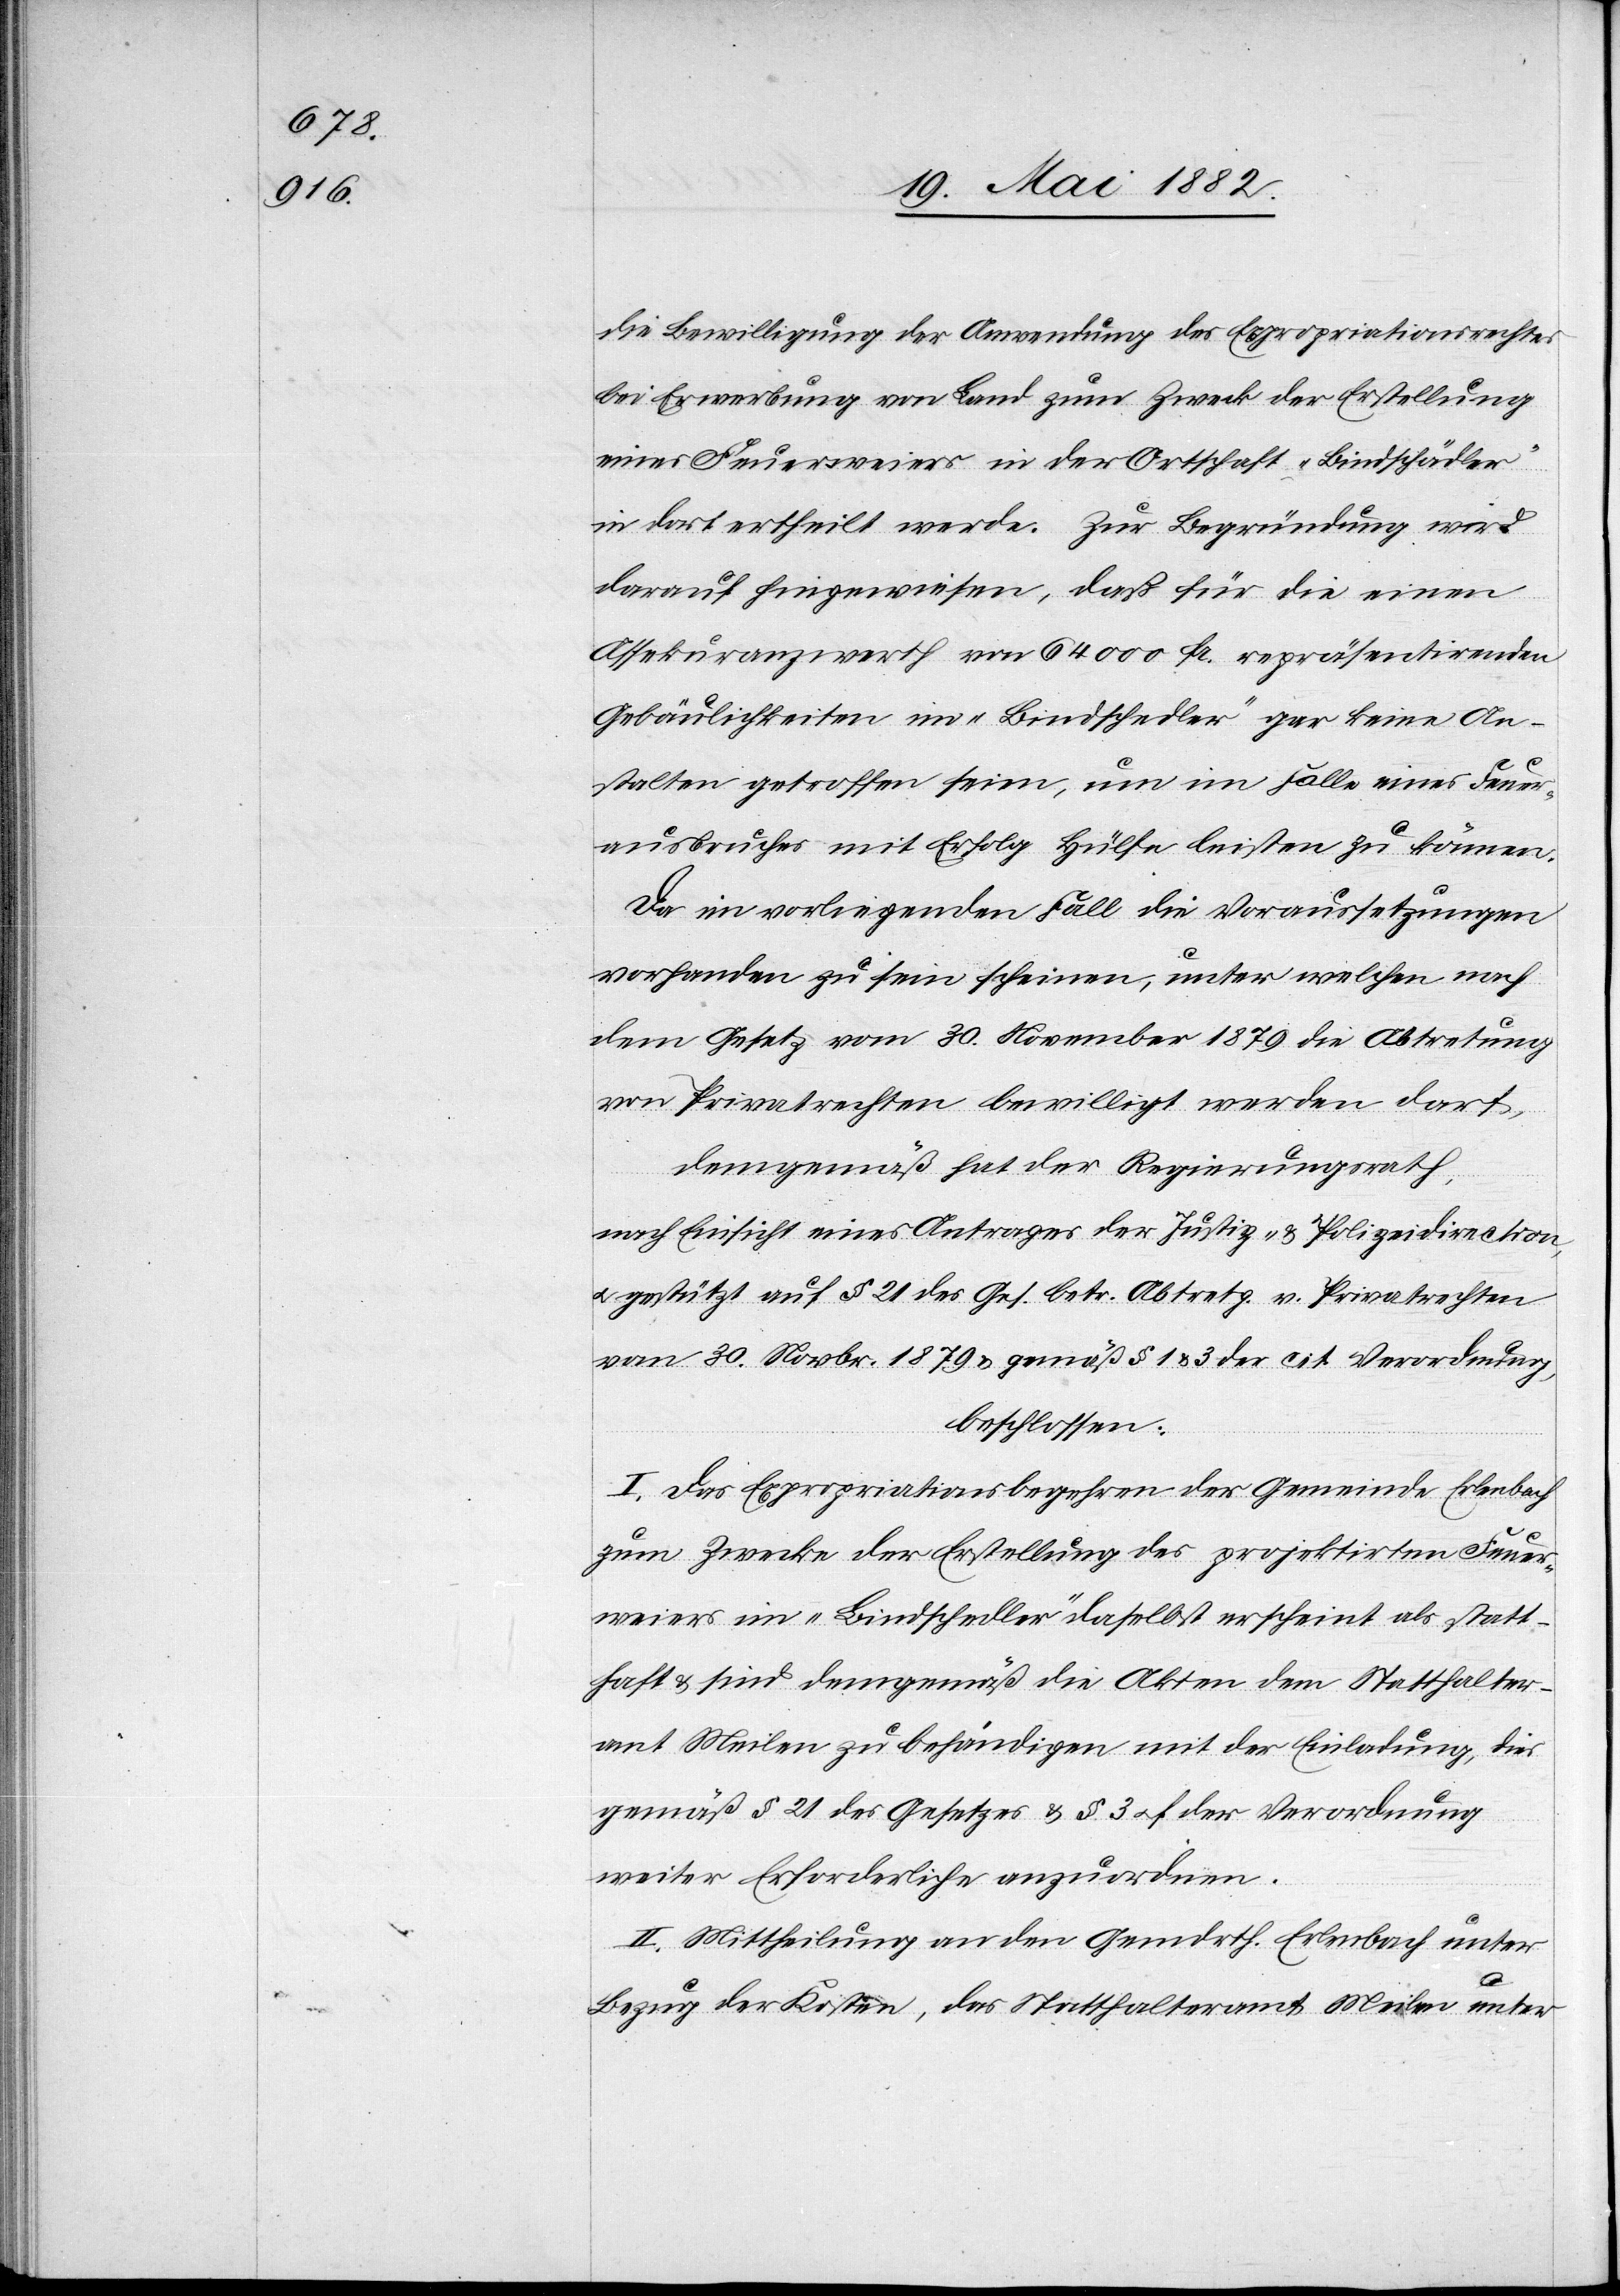
die Bewilligung der Anwendung des Expropriationsrechtes
bei Erwerbung von Land zum Zweck der Erstellung
eines Feuerweiers in der Ortschaft „Bindschädler“
in dort ertheilt werde. Zur Begründung wird
darauf hingewiesen, daß für die einen
Assekuranzwerth von 64 000 Fr. repräsentirenden
Gebäulichkeiten im „Bindschedler“ [sic!] gar keine An¬
stalten getroffen seien, um im Falle eines Feuer¬
ausbruches mit Erfolg Hülfe leisten zu können.
Da im vorliegenden Fall die Voraussetzungen
vorhanden zu sein scheinen, unter welchen nach
dem Gesetz vom 30. November 1879 die Abtretung
von Privatrechten bewilligt werden darf,
demgemäß hat der Regierungsrath,
nach Einsicht eines Antrages der Justiz- & Polizeidirection,
u. gestützt auf § 21 des Ges. betr. Abtretg. v. Privatrechten
vom 30. Novbr. 1879 & gemäß § 1 & 3 der cit. Verordnung,
beschlossen:
I. Das Expropriationsverfahren der Gemeinde Erlenbach
zum Zwecke der Erstellung eines projektirten Feuer¬
weiers im „Bindschedler“ daselbst erscheint als statt¬
haft & sind demgemäß die Akten dem Statthalter¬
amt Meilen zu behändigen mit der Einladung, dies
gemäß § 21 des Gesetzes & § 3 u. f der Verordnung
weiter Erforderliche anzuordnen.
II. Mittheilung an den Gemdrth. Erlenbach unter
Bezug der Kosten, das Statthalteramt Meilen unter